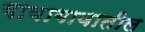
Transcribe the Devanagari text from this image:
गावागावातील